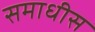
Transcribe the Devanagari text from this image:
समाधीस